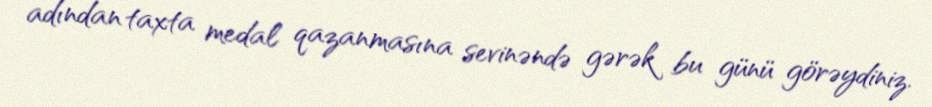
adından taxta medal qazanmasına sevinəndə gərək bu günü görəydiniz.